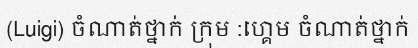
(Luigi) ចំណាត់ថ្នាក់ ក្រុម :ហ្គេម ចំណាត់ថ្នាក់